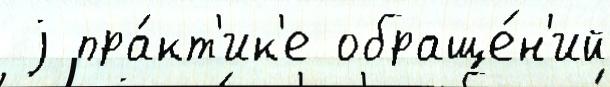
 j пра́кт'ик'е обраще́н'ий